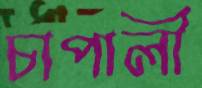
চাপালী